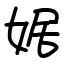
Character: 婮